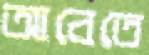
আবেতে